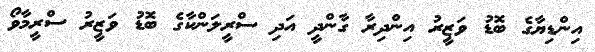
އިންޑިޔާގެ ބޮޑު ވަޒީރު އިންދިރާ ގާންދީ އަދި ސްރީލަންކާގެ ބޮޑު ވަޒީރު ސްރީމާވޯ